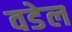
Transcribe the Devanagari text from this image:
वडेल